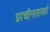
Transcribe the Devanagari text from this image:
प्राचीनताको